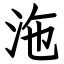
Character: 沲